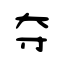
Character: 夺